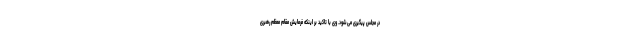
در مجلس پیگیری می‌شود. وی با تاکید بر اینکه فرمایش مقام معظم رهبری